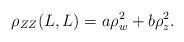
LaTeX: \begin{align*}\rho_{ZZ}(L,L) =a\rho_w^2 +b \rho_z^2.\end{align*}